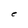
Character: e